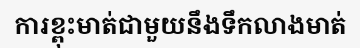
ការខ្ពុះមាត់ជាមួយនឹងទឹកលាងមាត់